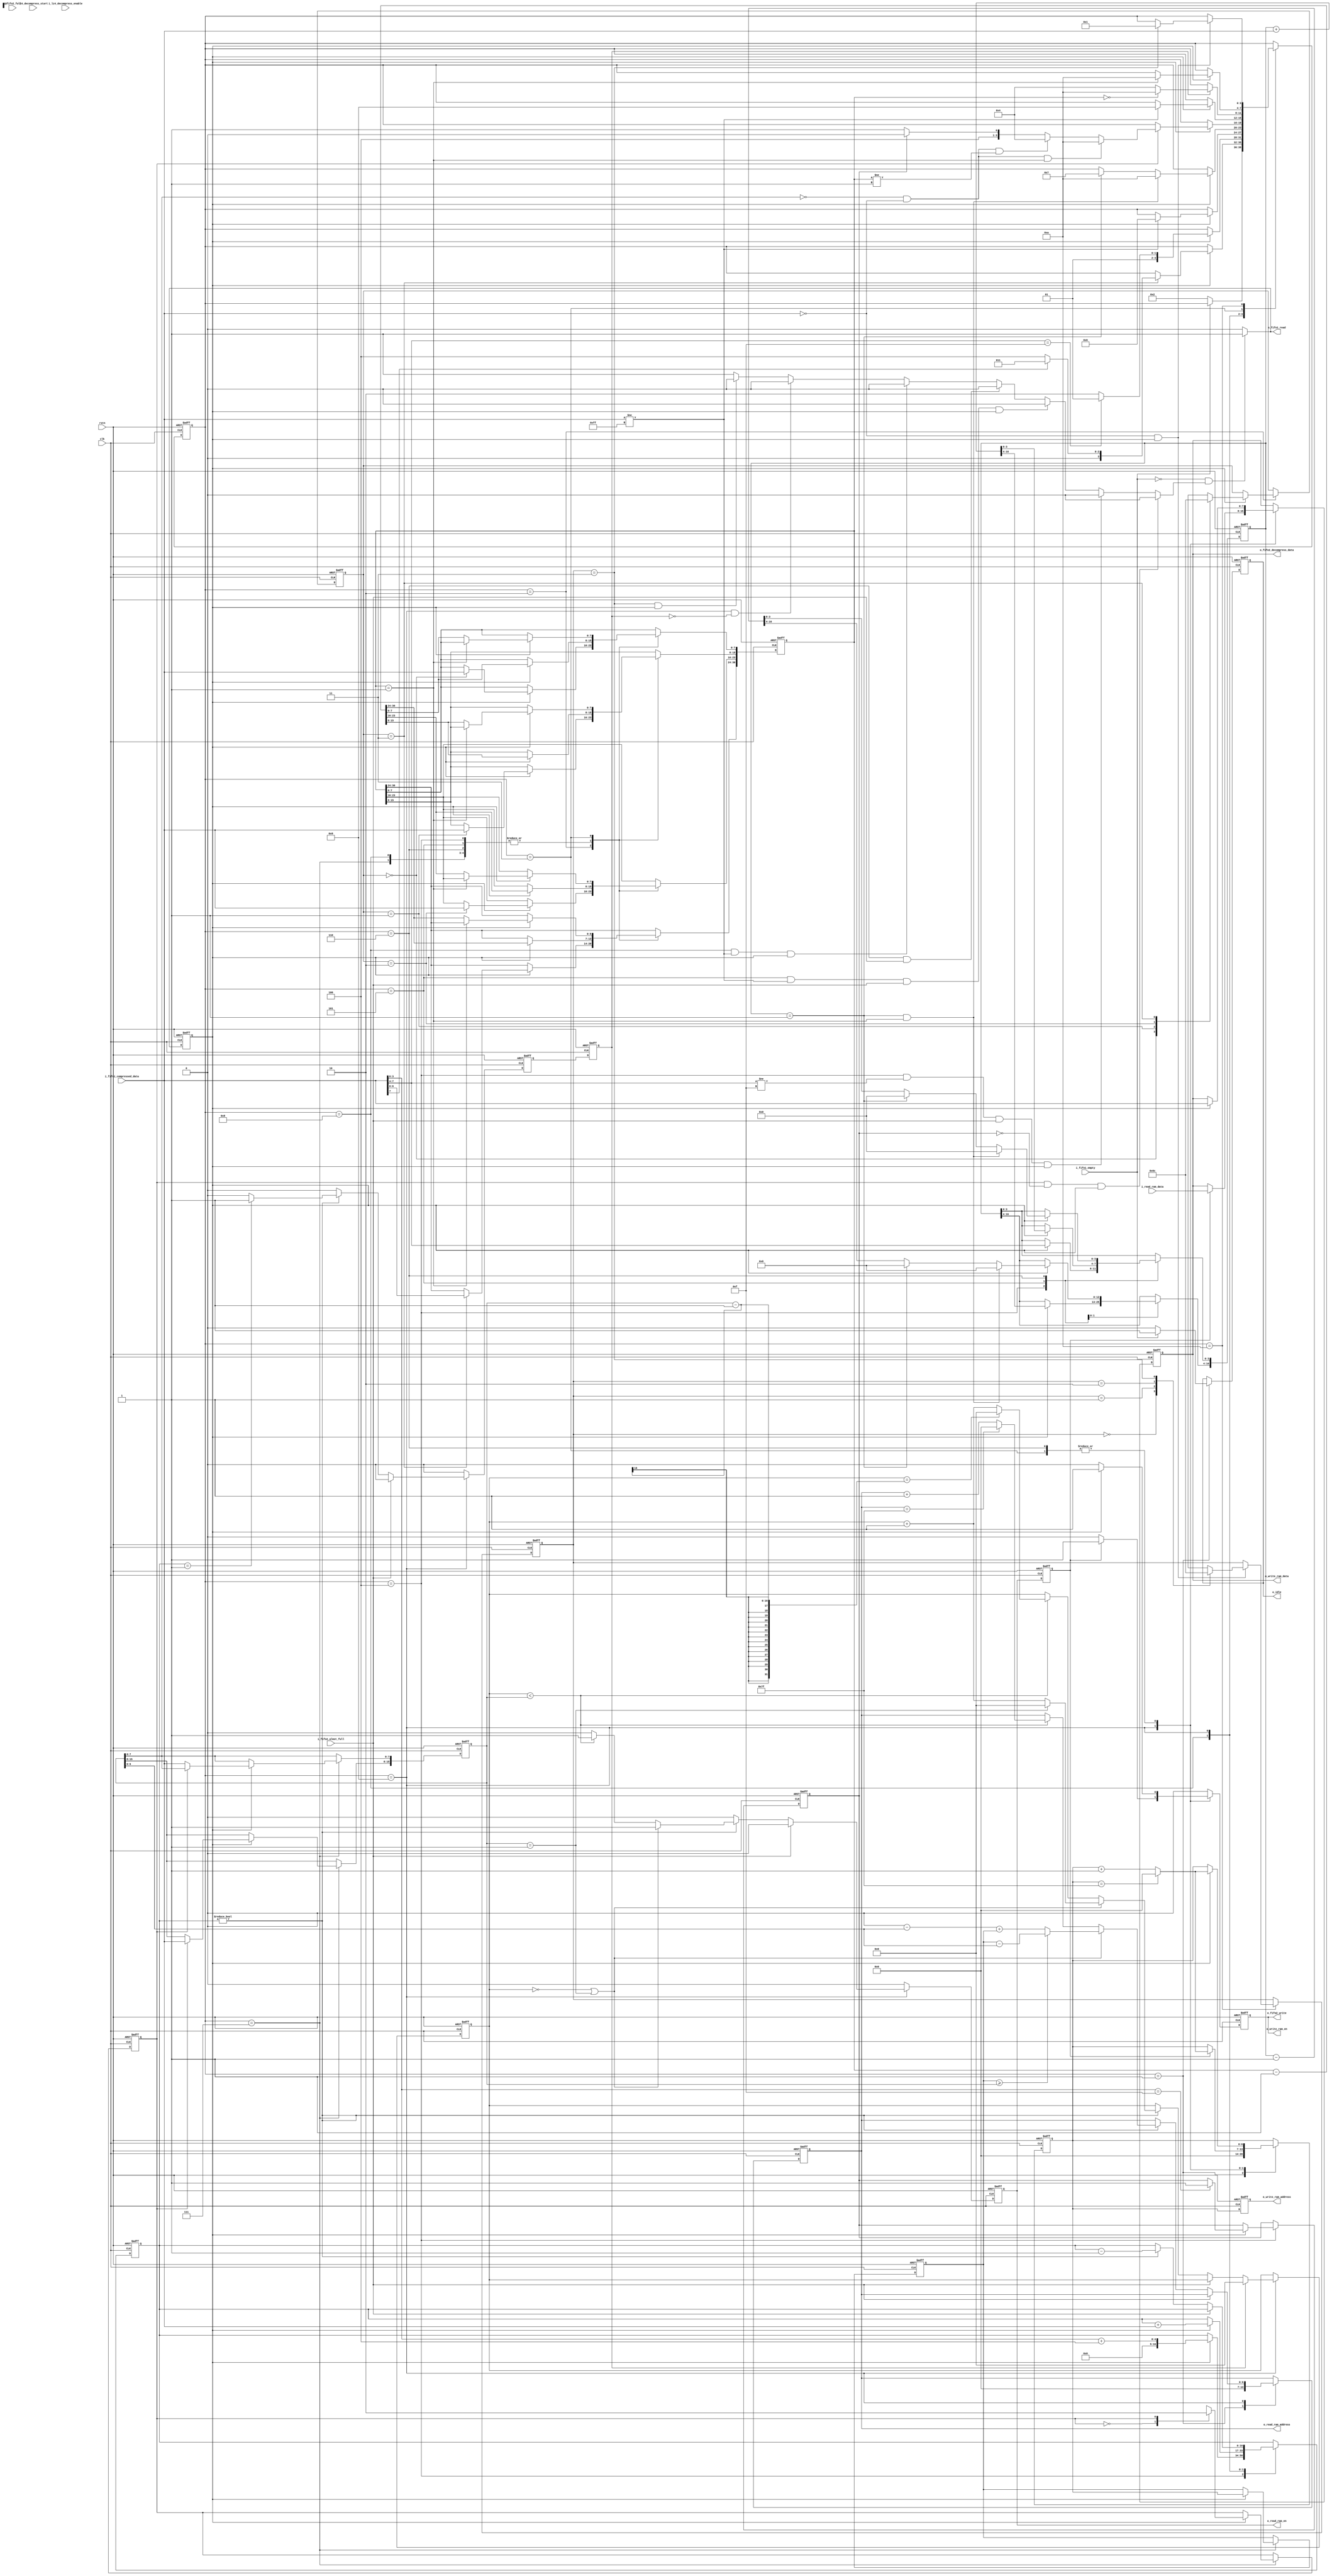
// Licensed under the Apache License, Version 2.0 (the "License");
// you may not use this file except in compliance with the License.
// You may obtain a copy of the License at
//
//      http://www.apache.org/licenses/LICENSE-2.0
//
// Unless required by applicable law or agreed to in writing, software
// distributed under the License is distributed on an "AS IS" BASIS,
// WITHOUT WARRANTIES OR CONDITIONS OF ANY KIND, either express or implied.
// See the License for the specific language governing permissions and
// limitations under the License.

`timescale 1ns / 1ps

module yonga_lz4_decoder_controller(
	input wire          clk,
	input wire          rstn,
	
	input wire          i_lz4_decompress_enable,         
    input wire          lz4_decompress_start,
	
	output reg          o_read_ram_en,
	input  wire[7:0]    i_read_ram_data,  
	output reg[6:0]     o_read_ram_address,
	
	output reg          o_write_ram_en,
	output reg[6:0]     o_write_ram_address,  
	output reg[7:0]     o_write_ram_data,
	
	input  wire         i_fifo1_empty,
	output reg          o_fifo1_read,  
	input  wire[7:0]    i_fifo1_compressed_data,
	
	input  wire         i_fifo2_full,
	input  wire         i_fifo2_almst_full,  
	output reg          o_fifo2_write,
	output reg[7:0]     o_fifo2_decompress_data,
	
	output reg          o_idle
    );
	
	
////--------------- internal variables ---------------------------------------------------------			
			
			reg  [1:0]     block_size_byte;			
			reg	 [30:0]    block_size_parameter;
				 
			reg	 [16:0]    literal_length_parameter;		
				 	
			reg	 [16:0]    match_length_parameter;
			reg	           match_length_overflow;			
			reg	 	       offset_byte;		
			reg	 [15:0]    offset_parameter;	
			
			reg	[6:0]      write_ram_address_int;
            reg	[6:0]      write_ram_address_ptr;
            reg [6:0]      read_ram_address_int;
			reg [15:0]     offset_count;
			
			reg            read_ram_int;         
			reg            ram_read_request;     
			reg            last_data_read_ram;   
			reg            last_data_write_ram;  
			
			reg [1:0]      end_of_block_byte;
			reg [7:0]      write_ram_data_int;
			
			reg            write_ram_en_int;  
			reg            fifo1_read_int;    
			reg            fifo1_read_request;
			reg            read_fifo_enable;  
			
			reg[3:0] lz4_decompress_state;
			
/*             parameter idle = 10'b0000000001, block_size_assign = 10'b0000000010, block_uncompressed = 10'b0000000100, token_assign = 10'b0000001000, 
                      literal_length_optional = 10'b0000010000, literals_assign = 10'b0000100000, offset_assing = 10'b0001000000,
					  match_length_optional = 10'b0010000000, literals_copy = 10'b0100000000, end_of_block = 10'b1000000000; */
					  
            parameter idle = 1, block_size_assign = 2, block_uncompressed = 3, token_assign = 4, 
                      literal_length_optional = 5, literals_assign = 6, offset_assing = 7,
					  match_length_optional = 8, literals_copy = 9, end_of_block = 10;
//// ------------------------------------------------------------------------------------------------	


//// Control for read fifo
	always @(i_fifo1_empty,read_fifo_enable)
		begin
			if(i_fifo1_empty == 1'b0 && read_fifo_enable == 1'b1)
				fifo1_read_int    = 1'b1;
			else
				fifo1_read_int    = 1'b0;		
		end

	always @ (lz4_decompress_state,offset_byte,match_length_overflow,i_fifo1_compressed_data,end_of_block_byte,
			  fifo1_read_request,i_fifo2_almst_full,last_data_write_ram)
		begin
			if(offset_byte == 1'b1  && match_length_overflow ==  1'b0 && fifo1_read_request == 1'b1)
				read_fifo_enable = 1'b0;		
			else if(lz4_decompress_state == token_assign  &&  i_fifo1_compressed_data[7:4] != 4'b1111  && i_fifo2_almst_full == 1'b1 && fifo1_read_request == 1'b1)
				read_fifo_enable = 1'b0;
			else if(lz4_decompress_state == literal_length_optional  &&  i_fifo1_compressed_data[7:0] != 8'b11111111  && i_fifo2_almst_full == 1'b1 && fifo1_read_request == 1'b1) 
				read_fifo_enable = 1'b0;
			else if(lz4_decompress_state == literals_assign  && i_fifo2_almst_full == 1'b1)
				read_fifo_enable = 1'b0;	
			else if(lz4_decompress_state == match_length_optional  && i_fifo1_compressed_data[7:0] != 8'b11111111 && fifo1_read_request == 1'b1)
				read_fifo_enable = 1'b0;
			else if(lz4_decompress_state == literals_copy  && last_data_write_ram == 1'b0)
				read_fifo_enable = 1'b0;
			else if(end_of_block_byte == 2'b11  && fifo1_read_request == 1'b1)
				read_fifo_enable = 1'b0;
			else
				read_fifo_enable = 1'b1;
        end
//// --------------------------------------------------------------------------------------------------

//// Connect internal regs to ouput ports
	always @ (write_ram_data_int,write_ram_en_int,read_ram_address_int,read_ram_int,fifo1_read_int)
		begin
			o_fifo2_decompress_data = write_ram_data_int;
			o_fifo2_write           = write_ram_en_int;
			
			o_write_ram_en          = write_ram_en_int;
			o_write_ram_data        = write_ram_data_int;
			
			o_read_ram_address      = read_ram_address_int;
			o_read_ram_en           = read_ram_int;
			
			o_fifo1_read            = fifo1_read_int;
		end
//// --------------------------------------------------------------------------------------------------

//// LZ4 Decompress State Machine
	always @(posedge clk or negedge rstn)
		begin
			if(rstn == 1'b0)
				begin
					o_idle                   <= 1'b1;
				    last_data_write_ram      <= 1'b0;
				    match_length_overflow    <= 1'b0;
                    offset_byte              <= 1'b0;
                    read_ram_int             <= 1'b0;
                    ram_read_request         <= 1'b0;
                    last_data_read_ram       <= 1'b0;
                    block_size_byte          <= 0;
                    block_size_parameter     <= 0;
                    literal_length_parameter <= 0;
                    match_length_parameter   <= 0;
                    offset_parameter         <= 0;
                    write_ram_address_int    <= 0;
                    write_ram_address_ptr    <= 0;
                    read_ram_address_int     <= 0;
                    offset_count      <= 0;
				    end_of_block_byte        <= 0;
				    o_write_ram_address      <= 0;
				    write_ram_en_int         <= 1'b0;
				    fifo1_read_request       <= 1'b0;	
				    write_ram_data_int       <= 0;
				    lz4_decompress_state	 <= idle;
				end
			else
				begin
					last_data_read_ram   <= 1'b0;
					write_ram_en_int     <= 1'b0;
					read_ram_int         <= 1'b0;
					
					ram_read_request     <= read_ram_int;		
					fifo1_read_request   <= fifo1_read_int;
					
					last_data_write_ram  <= last_data_read_ram;
					o_write_ram_address  <= write_ram_address_int;	
					
					case(lz4_decompress_state)
					
						idle:							
						   begin	
						    o_idle <= 1'b1;
						    write_ram_address_int <= 0;	
						    read_ram_address_int  <= 0;
							if(i_fifo1_empty == 1'b0)
								begin
							        o_idle <= 1'b0;
									lz4_decompress_state <= block_size_assign;													
								end			  
						   end
						   
						block_size_assign:
							    
							if(fifo1_read_request == 1'b1)
								begin
									case(block_size_byte)
										2'b00  :
											begin
												block_size_byte <= 1;
												block_size_parameter[7:0] <= i_fifo1_compressed_data;	
											end
										2'b01  :
											begin
												block_size_byte <= 2;
												block_size_parameter[15:8] <= i_fifo1_compressed_data;	
											end																				
										2'b10  :
											begin
												block_size_byte <= 3;
												block_size_parameter[23:16] <= i_fifo1_compressed_data;	
											end										
										2'b11  :
											begin
												block_size_byte <= 0;
												block_size_parameter[30:24] <= i_fifo1_compressed_data;
													if(i_fifo1_compressed_data[7] == 1'b0)	//block is compressed												
														lz4_decompress_state <= token_assign;									
													else // block is uncompressed.
														lz4_decompress_state <=  block_uncompressed;		
											end	
									endcase								
							    end
							
						token_assign:
							if(fifo1_read_request == 1'b1)
								begin
									lz4_decompress_state <= literals_assign;
									block_size_parameter <= block_size_parameter -1;
									
									literal_length_parameter[3:0] <= i_fifo1_compressed_data[7:4];
									match_length_parameter        <= i_fifo1_compressed_data[3:0] + 4;
									
									if(i_fifo1_compressed_data[7:4] ==  4'b1111)
										lz4_decompress_state <= literal_length_optional;							
									
									if(i_fifo1_compressed_data[3:0] ==  4'b1111)
										match_length_overflow <= 1'b1;															
								end 								

						literal_length_optional:
							if(fifo1_read_request == 1'b1)
								begin
									literal_length_parameter <= literal_length_parameter +  i_fifo1_compressed_data;
									block_size_parameter <= block_size_parameter -1;
									if(i_fifo1_compressed_data[7:0] != 8'b11111111)
										lz4_decompress_state <= literals_assign;									
								end 

						literals_assign	:
							if(fifo1_read_request == 1'b1)
								begin
									write_ram_en_int        <= 1'b1;
									block_size_parameter    <= block_size_parameter -1;
									write_ram_data_int      <= i_fifo1_compressed_data;
									if (write_ram_address_int == 127) 
										write_ram_address_int   <= 0;
									else
										write_ram_address_int   <= write_ram_address_int +1;									
									
									if(literal_length_parameter == 1'b1 && block_size_parameter == 1)
										begin
											lz4_decompress_state     <= end_of_block;
											literal_length_parameter <= 0;
										end
									else if(literal_length_parameter == 1'b1)
									    begin
											lz4_decompress_state     <= offset_assing;
                                            literal_length_parameter <= 0;									    
									    end
									else
										literal_length_parameter <= literal_length_parameter - 1;																							
						    	end 
								
						offset_assing:	
							if(fifo1_read_request == 1'b1)
							    begin
									write_ram_address_ptr  <= write_ram_address_int;
									block_size_parameter   <= block_size_parameter -1; 
									case (offset_byte)
										1'b0  :
										    begin
											    offset_byte <= 1'b1;
											    offset_parameter[7:0] <= i_fifo1_compressed_data; 	
											end							
										1'b1  :
											begin												    								 	
												offset_byte <= 1'b0;
												offset_parameter[15:8] <= i_fifo1_compressed_data; 
												if(offset_parameter[7:0] == 0 && i_fifo1_compressed_data == 0 && block_size_parameter == 1)
													lz4_decompress_state <= end_of_block;
												else if(offset_parameter[7:0] == 0 && i_fifo1_compressed_data == 0 && block_size_parameter != 1)
													lz4_decompress_state <= token_assign;
												else
													begin
														if(match_length_overflow == 1'b1)
															lz4_decompress_state <= match_length_optional;
														else
															lz4_decompress_state <= literals_copy;
													end	
                                                	
                                            end												
									endcase
								end 	
								
						match_length_optional:
							if(fifo1_read_request == 1'b1)					
								begin
									match_length_parameter <= match_length_parameter +  i_fifo1_compressed_data;
									block_size_parameter <= block_size_parameter -1;									
									if(i_fifo1_compressed_data[7:0] != 8'b11111111)
										lz4_decompress_state <= literals_copy;									
								end 
								
						literals_copy:
						    begin
								if(i_fifo2_almst_full == 1'b0)
									begin
										if(match_length_parameter != 0)
											begin
												match_length_parameter <= match_length_parameter -1;
												if (match_length_parameter == 1)
													last_data_read_ram  <= 1'b1;
																																			
												if(offset_count == 0 || offset_parameter == 1 )
													begin
														read_ram_int <= 1'b1;
														
														if(write_ram_address_ptr >= offset_parameter)
															read_ram_address_int  <= write_ram_address_ptr - offset_parameter;
														else
															read_ram_address_int  <= 128 -  offset_parameter + write_ram_address_ptr;
															
														if(offset_parameter == 1)
                                                            offset_count   <= 0; 
                                                        else   
                                                        	offset_count   <= offset_count +1; 
													end
													
												else if(offset_count < offset_parameter)
													begin
														read_ram_int <= 1'b1;
														offset_count  <= offset_count +1;
														
														if(read_ram_address_int == 127) 
															read_ram_address_int <= 0;
														else									
															read_ram_address_int <= read_ram_address_int + 1;
																																								
														if(offset_count == offset_parameter-1)
															     offset_count <= 0;																							
													end 
													
											end 
									end 
									
								if(ram_read_request == 1'b1)	
									begin
										write_ram_en_int        <= 1'b1;
										write_ram_data_int      <= i_read_ram_data;
										if (write_ram_address_int == 127)
											write_ram_address_int   <= 0;
										else
											write_ram_address_int   <= write_ram_address_int +1;
									end	
								
									
								if(last_data_write_ram == 1'b1)
									begin
										offset_count <= 0;
										if(block_size_parameter == 0)
											lz4_decompress_state <= end_of_block;
										else
											lz4_decompress_state <= token_assign;
									end 		
							end
							
						block_uncompressed:
							if(fifo1_read_request == 1'b1)
								begin
									write_ram_en_int        <= 1'b1;
									write_ram_data_int      <= i_fifo1_compressed_data;	
									if (write_ram_address_int == 127)
										write_ram_address_int   <= 0;
									else
										write_ram_address_int   <= write_ram_address_int +1;
									
									if(block_size_parameter == 1)
										lz4_decompress_state <= end_of_block;
									else
										block_size_parameter <= block_size_parameter -1;													
						        end
								
						end_of_block:
							if(i_fifo1_compressed_data == 0 && fifo1_read_request == 1'b1) // 4 byte zero	
								begin
									case (end_of_block_byte)
										2'b00  :
											end_of_block_byte <= 1;
										2'b01  :		
											end_of_block_byte <= 2;
										2'b10  : 
											end_of_block_byte <= 3;
										2'b11  : 
											begin
												end_of_block_byte <= 0;
												lz4_decompress_state <= idle;
											end
									endcase
							    end 																
					endcase	
				end	
		end
//// ------------------------------------------------------------------------------------------------
endmodule